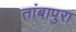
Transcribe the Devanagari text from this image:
तांबापुरा